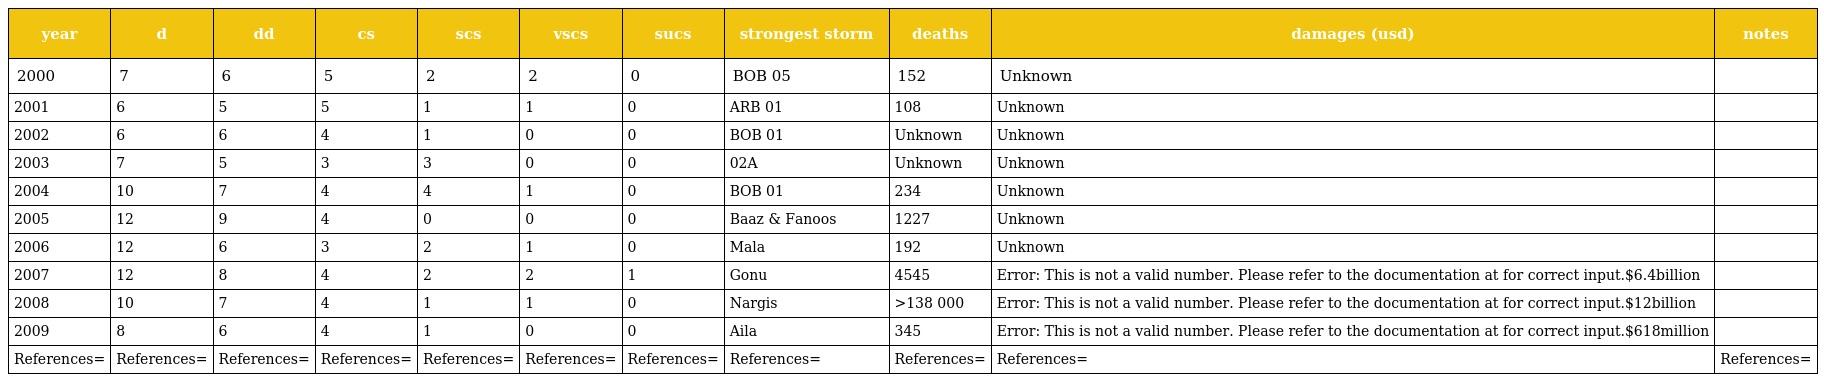
| year | d | dd | cs | scs | vscs | sucs | strongest storm | deaths | damages (usd) | notes |
 | --- | --- | --- | --- | --- | --- | --- | --- | --- | --- | --- |
 | 2000 | 7 | 6 | 5 | 2 | 2 | 0 | BOB 05 | 152 | Unknown |  |
 | 2001 | 6 | 5 | 5 | 1 | 1 | 0 | ARB 01 | 108 | Unknown |  |
 | 2002 | 6 | 6 | 4 | 1 | 0 | 0 | BOB 01 | Unknown | Unknown |  |
 | 2003 | 7 | 5 | 3 | 3 | 0 | 0 | 02A | Unknown | Unknown |  |
 | 2004 | 10 | 7 | 4 | 4 | 1 | 0 | BOB 01 | 234 | Unknown |  |
 | 2005 | 12 | 9 | 4 | 0 | 0 | 0 | Baaz & Fanoos | 1227 | Unknown |  |
 | 2006 | 12 | 6 | 3 | 2 | 1 | 0 | Mala | 192 | Unknown |  |
 | 2007 | 12 | 8 | 4 | 2 | 2 | 1 | Gonu | 4545 | Error: This is not a valid number. Please refer to the documentation at for correct input.$6.4billion |  |
 | 2008 | 10 | 7 | 4 | 1 | 1 | 0 | Nargis | >138 000 | Error: This is not a valid number. Please refer to the documentation at for correct input.$12billion |  |
 | 2009 | 8 | 6 | 4 | 1 | 0 | 0 | Aila | 345 | Error: This is not a valid number. Please refer to the documentation at for correct input.$618million |  |
 | References= | References= | References= | References= | References= | References= | References= | References= | References= | References= | References= |